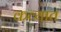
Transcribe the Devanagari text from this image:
कव्यात